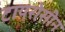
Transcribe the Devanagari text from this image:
टायरोसीन